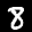
Label: 8